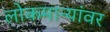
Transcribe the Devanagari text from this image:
लोकमान्यांवर